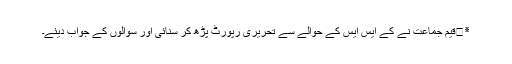
٭	قیم جماعت نے کے ایس ایس کے حوالے سے تحریری رپورٹ پڑھ کر سنائی اور سوالوں کے جواب دیئے۔